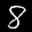
Label: 8